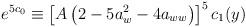
LaTeX: \begin{align*}e^{5c_0}\equiv\left[A\left(2-5a_w^2-4a_{ww}\right)\right]^5c_1(y)\end{align*}